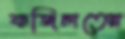
ফজিলতের